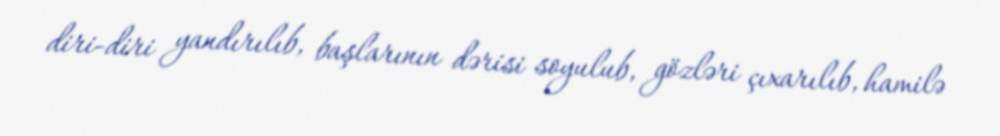
diri-diri yandırılıb, başlarının dərisi soyulub, gözləri çıxarılıb, hamilə